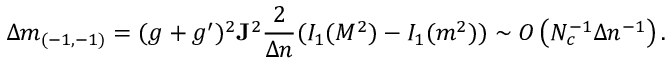
\Delta m _ { ( - 1 , - 1 ) } = ( g + g ^ { \prime } ) ^ { 2 } { \bf J } ^ { 2 } { \frac { 2 } { \Delta n } } ( { \cal I } _ { 1 } ( M ^ { 2 } ) - { \cal I } _ { 1 } ( m ^ { 2 } ) ) \sim { \cal O } \left( N _ { c } ^ { - 1 } \Delta n ^ { - 1 } \right) .